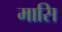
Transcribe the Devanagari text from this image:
मासि